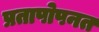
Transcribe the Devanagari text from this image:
प्रतापोपनत